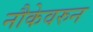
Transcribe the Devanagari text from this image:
नौकेवरुन